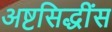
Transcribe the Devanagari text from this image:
अष्टसिद्धींस